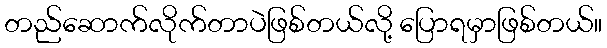
တည်ဆောက်လိုက်တာပဲဖြစ်တယ်လို့ ပြောရမှာဖြစ်တယ်။